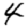
Digit: 4